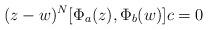
LaTeX: \begin{align*}(z-w)^N [\Phi_a(z),\Phi_b(w)] c = 0\end{align*}